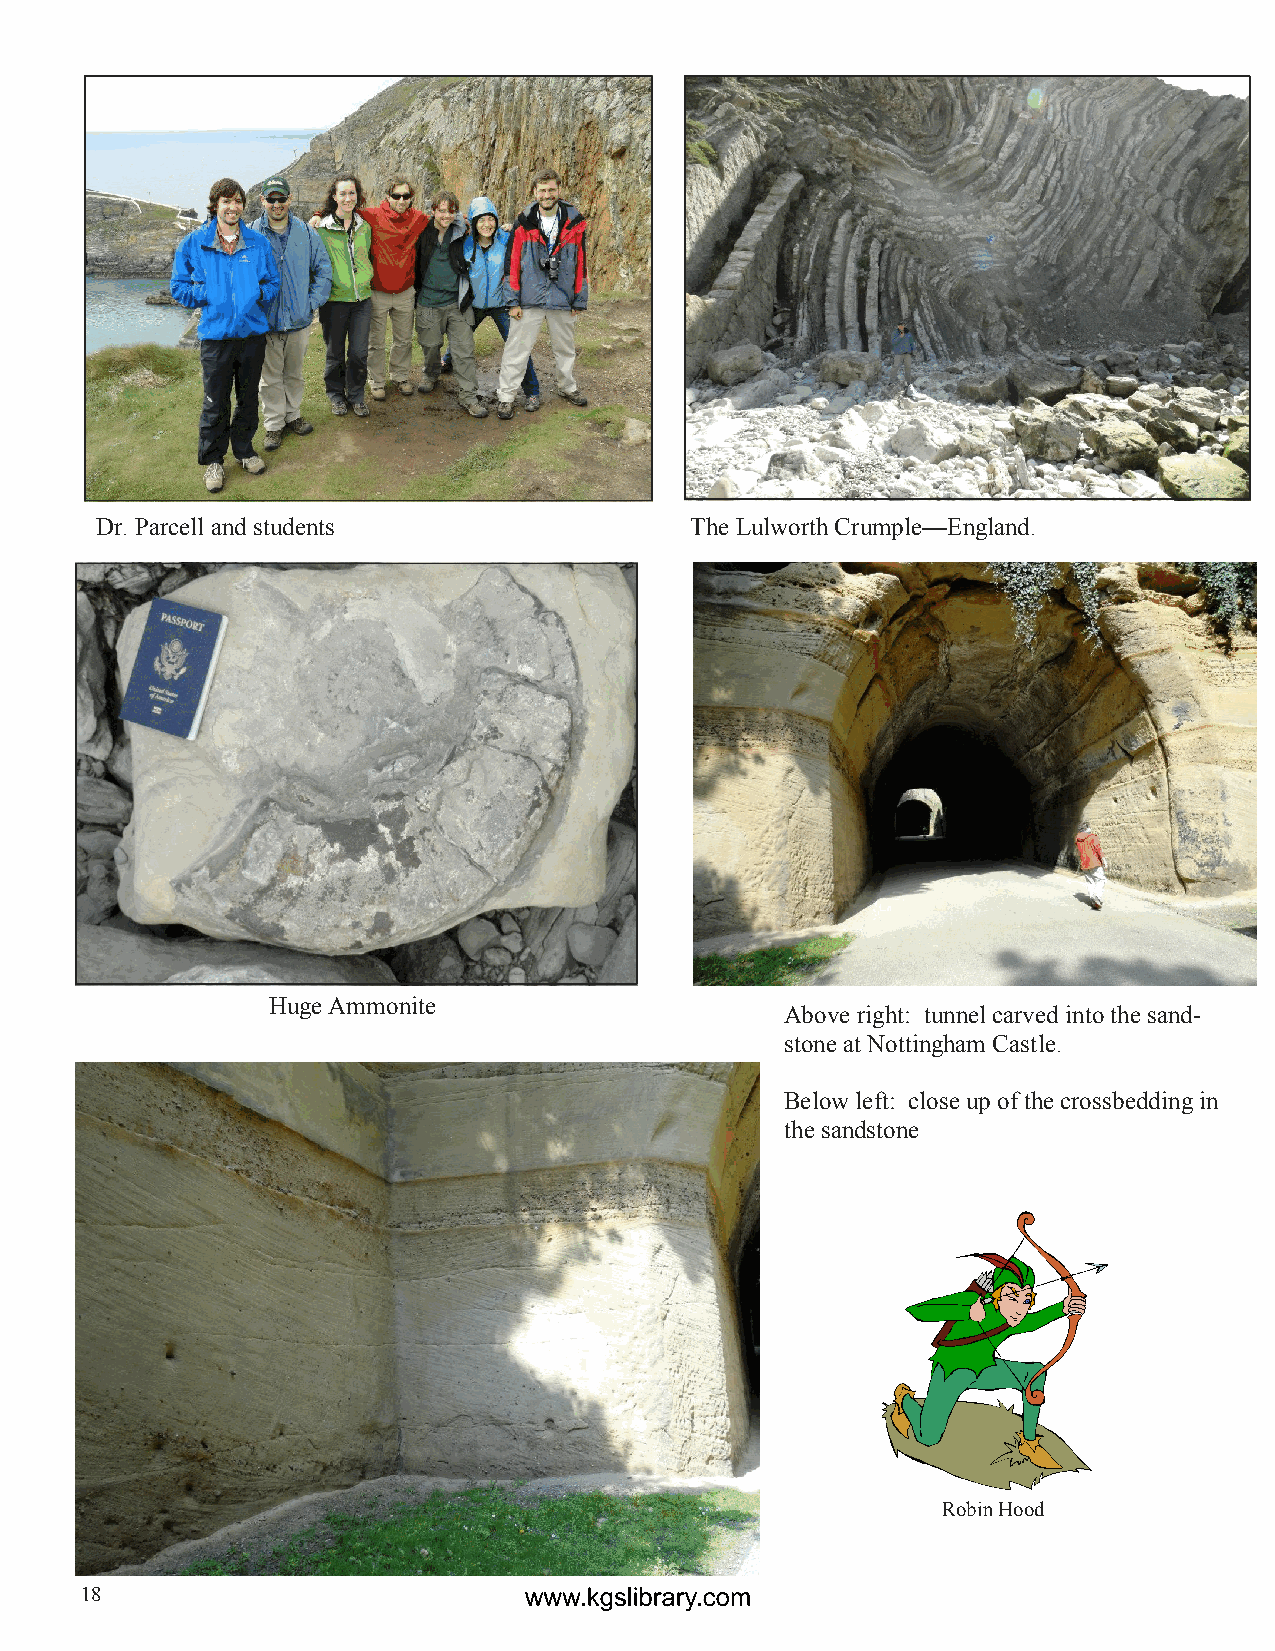
Dr. Parcell and students                The Lulworth Crumple—England.
 Huge Ammonite
 Above right: tunnel carved into the sand-
 stone at Nottingham Castle.
 Below left: close up of the crossbedding in
 the sandstone
 Robin Hood
 18